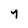
Character: y